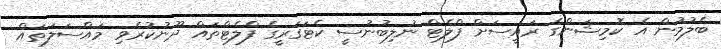
ބެލުމުން އެ ކޮމިޝަންގެ ރައީސަށް ފްލެޓް ނުލިބުނުސީ ކެޓަގަރީގެ ފްލެޓްތައް ދޫނުކުރެވި މައްސަލަތައް